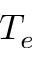
T _ { e }